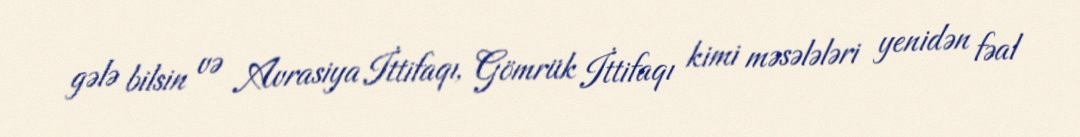
gələ bilsin və Avrasiya İttifaqı, Gömrük İttifaqı kimi məsələləri yenidən fəal